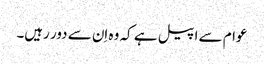
عوام سے اپیل ہے کہ وہ اِن سے دور رہیں۔